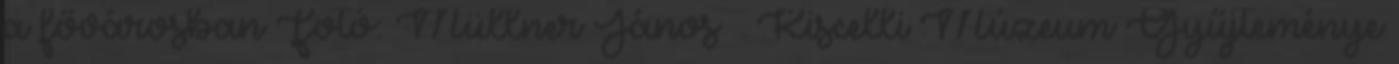
a fővárosban Fotó: Müllner János Kiscelli Múzeum Gyűjteménye